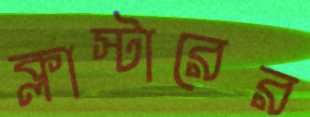
ক্লাস্টারের